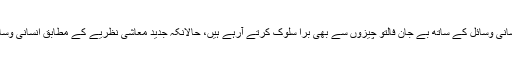
دوسری طرف ہم ہیں جو انتہائی قیمتی انسانی وسائل کے ساتھ بے جان فالتو چیزوں سے بھی بْرا سلوک کرتے آرہے ہیں، حالانکہ جدید معاشی نظریے کے مطابق انسانی وسائل پیداواری عمل کے لئے ضروری ہیں۔